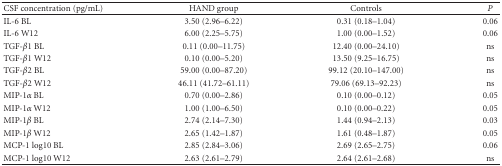
<table><thead><tr><td><b> CSF concentration (pg/mL)</b></td><td><b>HAND group</b></td><td><b>Controls</b></td><td><b><i>P</i></b></td></tr></thead><tbody><tr><td>IL-6 BL</td><td>3.50 (2.96–6.22)</td><td>0.31 (0.18–1.04)</td><td>0.06</td></tr><tr><td>IL-6 W12</td><td>6.00 (2.25–5.75)</td><td>1.00 (0.00–1.52)</td><td>0.06</td></tr><tr><td>TGF-<i>β</i>1 BL</td><td>0.11 (0.00–11.75)</td><td>12.40 (0.00–24.10)</td><td>ns</td></tr><tr><td>TGF-<i>β</i>1 W12</td><td>0.10 (0.00–5.20)</td><td>13.50 (9.25–16.75)</td><td>ns</td></tr><tr><td>TGF-<i>β</i>2 BL</td><td>59.00 (0.00–87.20)</td><td>99.12 (20.10–147.00)</td><td>ns</td></tr><tr><td>TGF-<i>β</i>2 W12</td><td>46.11 (41.72–61.11)</td><td>79.06 (69.13–92.23)</td><td>ns</td></tr><tr><td>MIP-1<i>α</i> BL</td><td>0.70 (0.00–2.86)</td><td>0.10 (0.00–0.12)</td><td>0.05</td></tr><tr><td>MIP-1<i>α</i> W12</td><td>1.00 (1.00–6.50)</td><td>0.10 (0.00–0.22)</td><td>0.05</td></tr><tr><td>MIP-1<i>β</i> BL</td><td>2.74 (2.14–7.30)</td><td>1.44 (0.94–2.13)</td><td>0.03</td></tr><tr><td>MIP-1<i>β</i> W12</td><td>2.65 (1.42–1.87)</td><td>1.61 (0.48–1.87)</td><td>0.05</td></tr><tr><td>MCP-1 log10 BL</td><td>2.85 (2.84–3.06)</td><td>2.69 (2.65–2.75)</td><td>0.06</td></tr><tr><td>MCP-1 log10 W12</td><td>2.63 (2.61–2.79)</td><td>2.64 (2.61–2.68)</td><td>ns</td></tr></tbody></table>